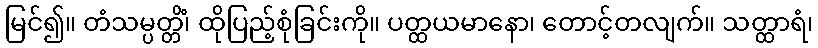
မြင်၍။ တံသမ္ပတ္တိံ၊ ထိုပြည့်စုံခြင်းကို။ ပတ္ထယမာနော၊ တောင့်တလျက်။ သတ္ထာရံ၊